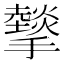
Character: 𢸧